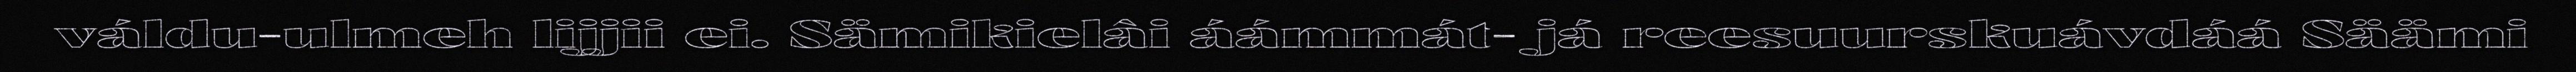
váldu-ulmeh lijjii ei. Sämikielâi áámmát- já reesuurskuávdáá Säämi